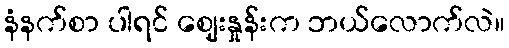
နံနက်စာ ပါရင် ဈေးနှုန်းက ဘယ်လောက်လဲ။